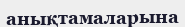
анықтамаларына